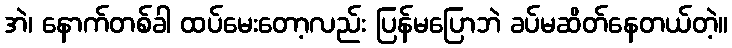
အဲ၊ နောက်တစ်ခါ ထပ်မေးတော့လည်း ပြန်မပြောဘဲ ခပ်မဆိတ်နေတယ်တဲ့။